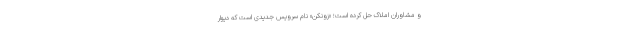
و مشاوران املاک حل کرده است؛ «زونکن» نام سرویس جدیدی است که دیوار